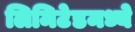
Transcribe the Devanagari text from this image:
लिमिटेडमध्ये